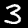
Digit: 3